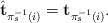
LaTeX: \begin{align*}\hat{\mathbf{t}}_{\pi_{s}^{-1}\left(i\right)}=\mathbf{t}_{\pi_{s}^{-1}\left(i\right)}.\end{align*}